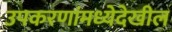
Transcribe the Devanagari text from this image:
उपकरणांमध्येदेखील